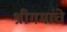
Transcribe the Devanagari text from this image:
श्रीगमांचे